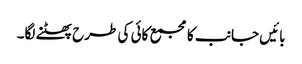
بائیں جانب کا مجمع کائی کی طرح پھٹنے لگا۔